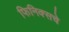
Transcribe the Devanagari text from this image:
फिनिक्सचे